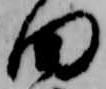
田